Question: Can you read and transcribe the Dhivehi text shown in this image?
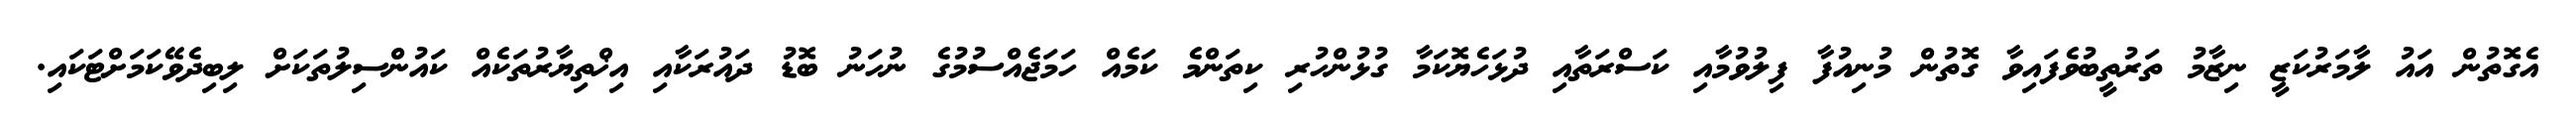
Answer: އެގޮތުން އައު ލާމަރުކަޒީ ނިޒާމު ތަރުތީބުވެފައިވާ ގޮތުން މުނިއުފާ ފިލުވުމާއި ކަސްރަތާއި ދުޅަހެޔޮކަމާ ގުޅުންހުރި ކިތަންމެ ކަމެއް ހަމަޖެއްސުމުގެ ނުހަނު ބޮޑު ދައުރަކާއި އިޚްތިޔާރުތަކެއް ކައުންސިލުތަކަށް ލިބިދެވޭކަމަށްޓަކައި.